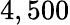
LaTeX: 4,500